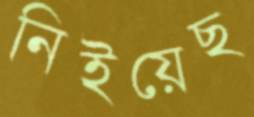
নিইয়েছ